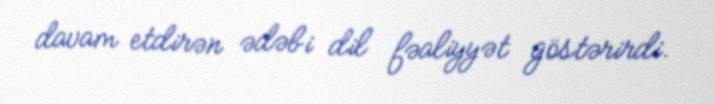
davam etdirən ədəbi dil fəaliyyət göstərirdi.